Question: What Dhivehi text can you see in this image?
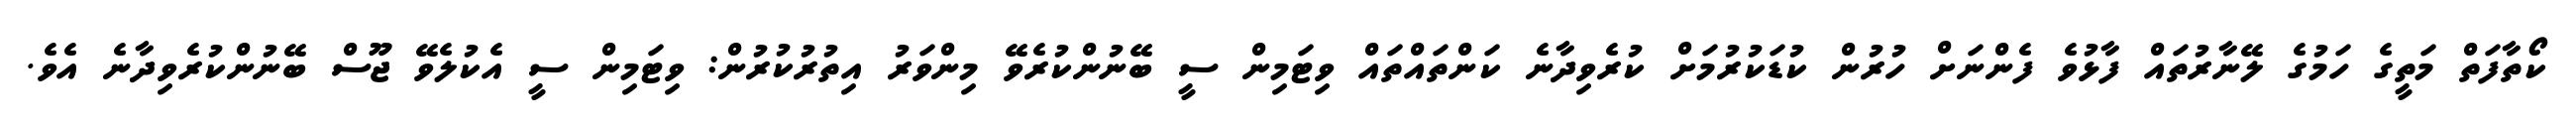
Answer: ކޯތާފަތް މަތީގެ ހަމުގެ ލޭނާރުތައް ފާޅުވެ ފެންނަށް ހުރުން ކުޑަކުރުމަށް ކުރެވިދާނެ ކަންތައްތައް ވިޓަމިން ސީ ބޭނުންކުރެވޭ މިންވަރު އިތުރުކުރުން: ވިޓަމިން ސީ އެކުލެވޭ ޖޫސް ބޭނުންކުރެވިދާނެ އެވެ.